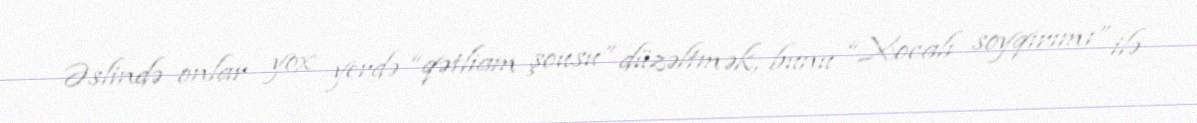
Əslində onlar yox yerdə “qətliam şousu” düzəltmək, bunu “Xocalı soyqırımı” ilə